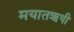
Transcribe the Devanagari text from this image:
मयातऋषी